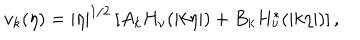
LaTeX: v _ { k } ( \eta ) = | \eta | ^ { 1 / 2 } \left[ A _ { k } H _ { \nu } ( | k \eta | ) + B _ { k } H _ { \nu } ^ { * } ( | k \eta | ) \right] ,